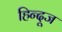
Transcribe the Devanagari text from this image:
हिन्दूज